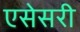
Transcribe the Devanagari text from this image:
एसेसरी